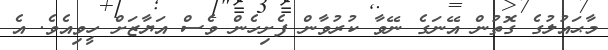
މާޙައުލުގެ ގޮތުން އޭނަގެ ނޭވާ ކުރުވާން ފެށިހެން ވެސް އަޔާޒަށް ހީވިއެވެ. އެ